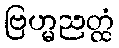
ဗြဟ္မညတ္ထံ